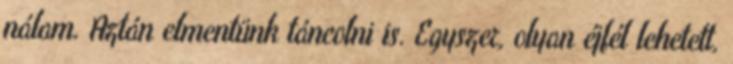
nálam. Aztán elmentünk táncolni is. Egyszer, olyan éjfél lehetett,